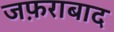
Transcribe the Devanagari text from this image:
जफ़राबाद